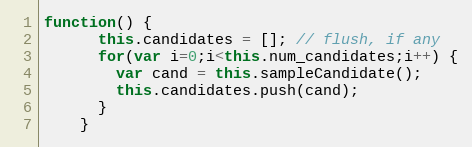
Language: JavaScript
function() {
      this.candidates = []; // flush, if any
      for(var i=0;i<this.num_candidates;i++) {
        var cand = this.sampleCandidate();
        this.candidates.push(cand);
      }
    }